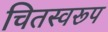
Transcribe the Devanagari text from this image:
चितस्वरूप